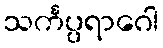
သင်္ကပ္ပရာဂေါ